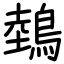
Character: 鵱